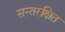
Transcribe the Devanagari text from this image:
सन्तरक्षित